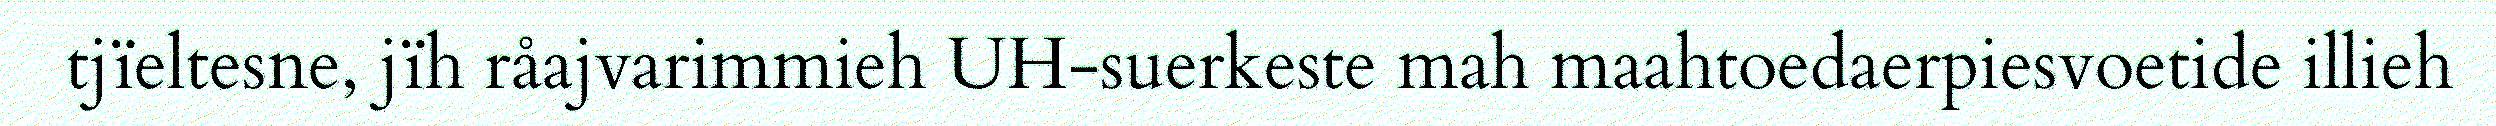
tjïeltesne, jïh råajvarimmieh UH-suerkeste mah maahtoedaerpiesvoetide illieh